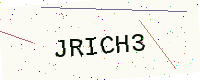
Text: JRICH3